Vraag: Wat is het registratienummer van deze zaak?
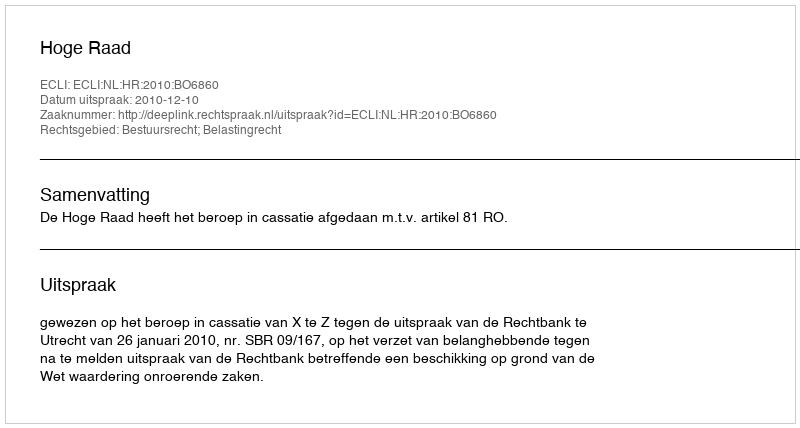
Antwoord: http://deeplink.rechtspraak.nl/uitspraak?id=ECLI:NL:HR:2010:BO6860